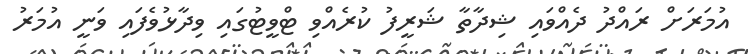
އުމަރަށް ރައްދު ދެއްވައި ޝިދާތާ ޝަރީފު ކުރެއްވި ޓްވީޓުގައި ވިދާޅުވެފައި ވަނީ އުމަރު